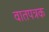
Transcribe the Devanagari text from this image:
वातपत्रक